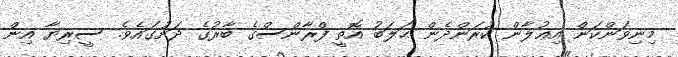
މިނިވަންކަން އިޢުލާން ކުރަންދެން ޙަލަބު އޮތީ ފްރާންސްގެ ބާރުގެ ދަށުގައެވެ. ސީރިޔާ އިން